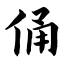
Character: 俑